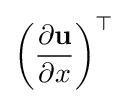
\left({\frac {\partial \mathbf {u} }{\partial x}}\right)^{\top }